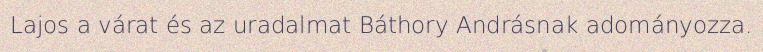
Lajos a várat és az uradalmat Báthory Andrásnak adományozza.